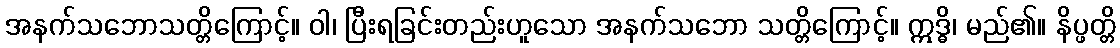
အနက်သဘောသတ္တိကြောင့်။ ဝါ၊ ပြီးရခြင်းတည်းဟူသော အနက်သဘော သတ္တိကြောင့်။ ဣဒ္ဓိ၊ မည်၏။ နိပ္ဖတ္တိ